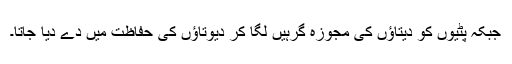
جبکہ پٹیوں کو دیتاؤں کی مجوزہ گرہیں لگا کر دیوتاؤں کی حفاظت میں دے دیا جاتا۔